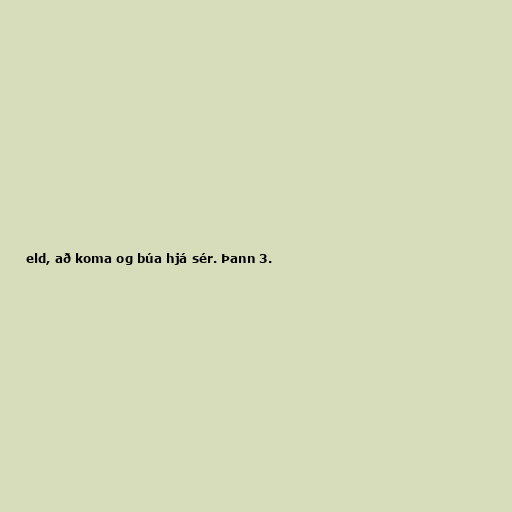
eld, að koma og búa hjá sér. Þann 3.